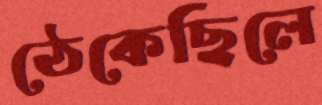
ঠেকেছিলে